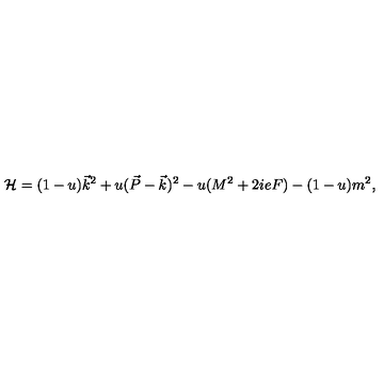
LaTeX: { \cal H } = ( 1 - u ) \vec { k } ^ { 2 } + u ( \vec { P } - \vec { k } ) ^ { 2 } - u ( M ^ { 2 } + 2 i e F ) - ( 1 - u ) m ^ { 2 } ,